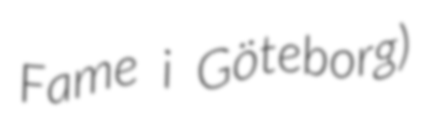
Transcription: Fame i Göteborg)